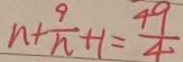
n + \frac { 9 } { n } + 1 = \frac { 4 9 } { 4 }